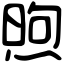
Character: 煦